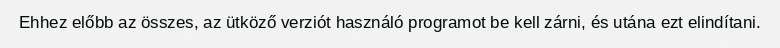
Ehhez előbb az összes, az ütköző verziót használó programot be kell zárni, és utána ezt elindítani.